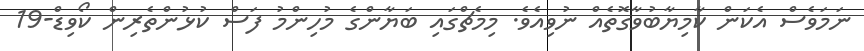
ނަމަވެސް އެކަން ކާމިޔާބުވާގޮތެއް ނުވިއެވެ. މިމެޗްގައި ބަޔާންގެ މުހިންމު ފަސް ކުޅުންތެރިން ކޯވިޑް-19